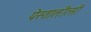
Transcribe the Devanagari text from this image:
पेस्तालीत्सी